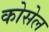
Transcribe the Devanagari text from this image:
कोसेल